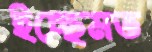
ইচ্ছেমত